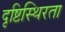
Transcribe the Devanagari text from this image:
दृष्टिस्थिरता